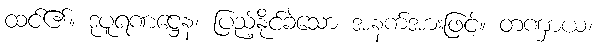
ထင်၏။ ဒုပူရဏဋ္ဌေန၊ ပြည့်နိုင်ခဲသော အနက်အားဖြင့်။ တဏှာယ၊